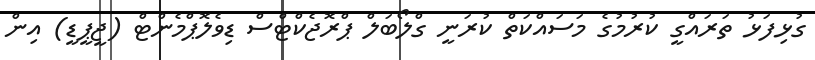
ގުޅިފަޅު ތަރައްގީ ކުރުމުގެ މަސައްކަތް ކުރަނީ ގްލޯބަލް ޕްރޮޖެކްޓްސް ޑިވެލޮޕްމެންޓް (ޖީޕީޑީ) އިން